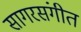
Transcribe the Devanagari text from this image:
सागरसंगीत